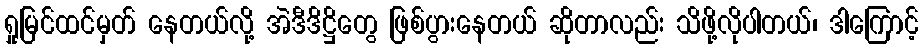
ရှုမြင်ထင်မှတ် နေတယ်လို့ အဲဒီဒိဋ္ဌိတွေ ဖြစ်ပွားနေတယ် ဆိုတာလည်း သိဖို့လိုပါတယ်၊ ဒါကြောင့်